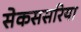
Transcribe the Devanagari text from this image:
सेकससरिया